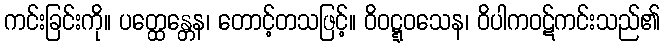
ကင်းခြင်းကို။ ပတ္ထေန္တေန၊ တောင့်တသဖြင့်။ ဝိဝဋ္ဋဝသေန၊ ဝိပါကဝဋ်ကင်းသည်၏